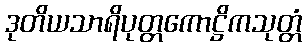
ဒုတိယသာရိပုတ္တကောဋ္ဌိကသုတ္တံ